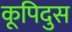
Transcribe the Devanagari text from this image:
कूपिदुस